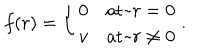
LaTeX: f ( r ) = \left\{ \begin{array} { l l } { { 0 } } & { { \mathrm { a t ~ } r = 0 } } \\ { { v } } & { { \mathrm { a t ~ } r \ne 0 } } \\ \end{array} \right. .